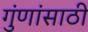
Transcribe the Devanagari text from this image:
गुंणांसाठी